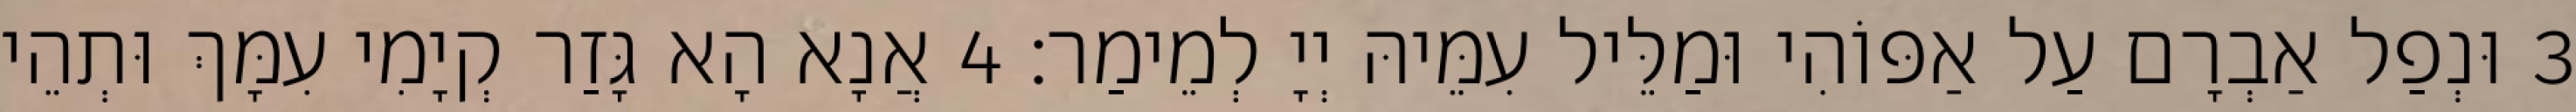
3 וּנְפַל אַבְרָם עַל אַפּוֹהִי וּמַלֵּיל עִמֵּיהּ יְיָ לְמֵימַר׃ 4 אֲנָא הָא גָּזַר קְיָמִי עִמָּךְ וּתְהֵי